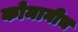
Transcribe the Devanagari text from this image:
कोमानीच